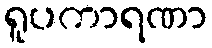
ရူပကာရဏာ